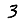
Digit: 3